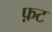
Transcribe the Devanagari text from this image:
फ़ट